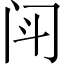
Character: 𫔯